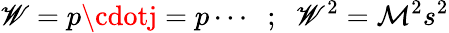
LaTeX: \mathscr{W}=p\cdotj=p\cdots\; \; ;\; \; \mathscr{W}^{2}=\mathcal{M}^{2}s^{2}